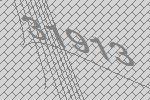
31913